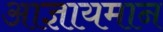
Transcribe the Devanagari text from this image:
आज्ञायमान